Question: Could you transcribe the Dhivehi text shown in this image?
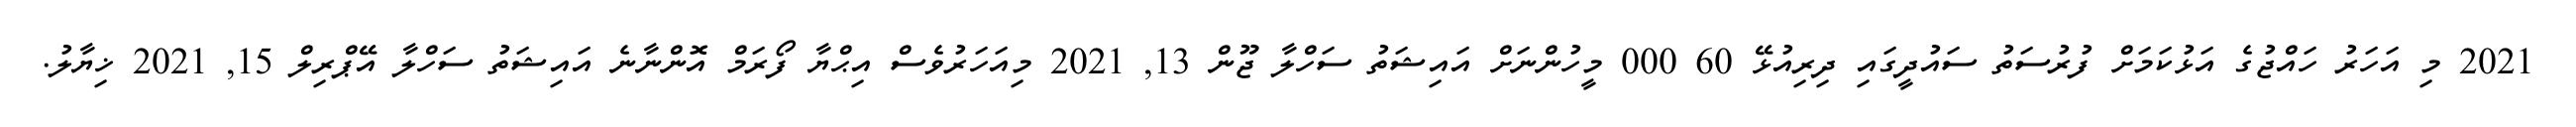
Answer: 2021 މި އަހަރު ހައްޖުގެ އަޅުކަމަށް ފުރުސަތު ސައުދީގައި ދިރިއުޅޭ 60 000 މީހުންނަށް އައިޝަތު ސަހްލާ ޖޫން 13, 2021 މިއަހަރުވެސް އިޙްޔާ ފޯރަމް އޮންނާނެ އައިޝަތު ސަހްލާ އޭޕްރިލް 15, 2021 ޚިޔާލު.